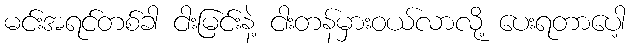
မင်းအရင်တစ်ခါ ငါးမြင်းနဲ့ ငါးတန်မှားဝယ်လာလို့ ပေးရတာပေါ့